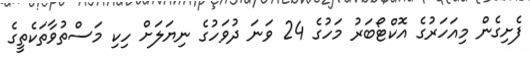
ފެށިގެން މިއަހަރުގެ އޮކްޓޯބަރު މަހުގެ 24 ވަނަ ދުވަހުގެ ނިޔަލަށް ހިކި މަސްތުވާތަކެތީގެ